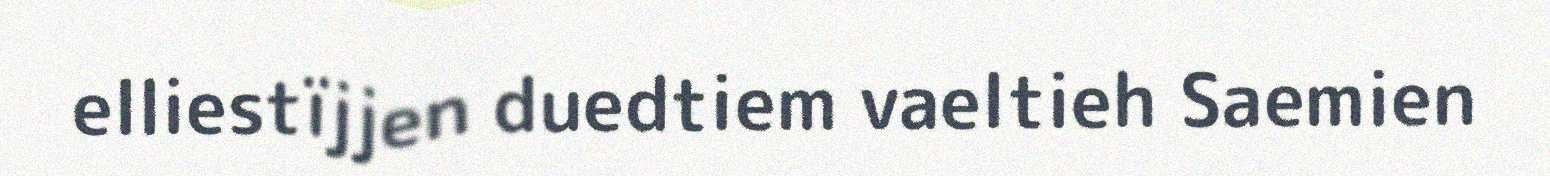
elliestïjjen duedtiem vaeltieh Saemien